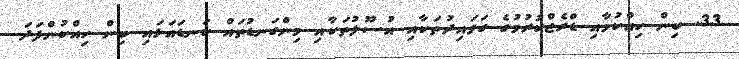
33. ބިން ހިއްކުމާއި ޑްރެޖްކުރުމުގެ ގަވައިދުތަކާއި އުސޫލުތަކާއި މިންގަނޑުތައް ކަނޑައަޅައި ބިން ހިއްކުންފަދަ